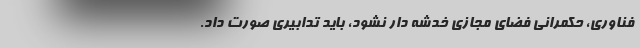
فناوری، حکمرانی فضای مجازی خدشه دار نشود، باید تدابیری صورت داد.